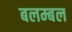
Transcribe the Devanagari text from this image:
बलम्बल